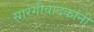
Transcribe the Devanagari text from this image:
सारंगीवादकांनी